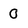
Character: 0